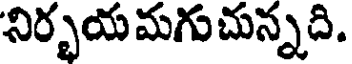
నిర్భయ మగుచున్నది.